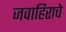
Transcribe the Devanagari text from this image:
जवाहिराचे